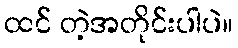
ထင် တဲ့အတိုင်းပါပဲ။